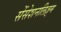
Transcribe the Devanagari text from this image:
सेंसेशनलिज़्म